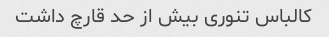
کالباس تنوری بیش از حد قارچ داشت